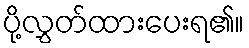
ပို့လွှတ်ထားပေးရ၏။